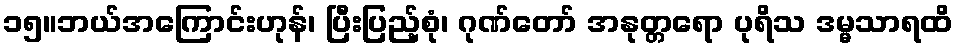
၁၅။ဘယ်အကြောင်းဟုန်၊ ပြီးပြည့်စုံ၊ ဂုဏ်တော် အနုတ္တရော ပုရိသ ဒမ္မသာရထိ